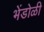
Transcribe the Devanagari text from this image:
भेंडोळी